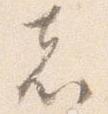
者